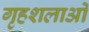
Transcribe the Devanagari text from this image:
गृहशलाओं